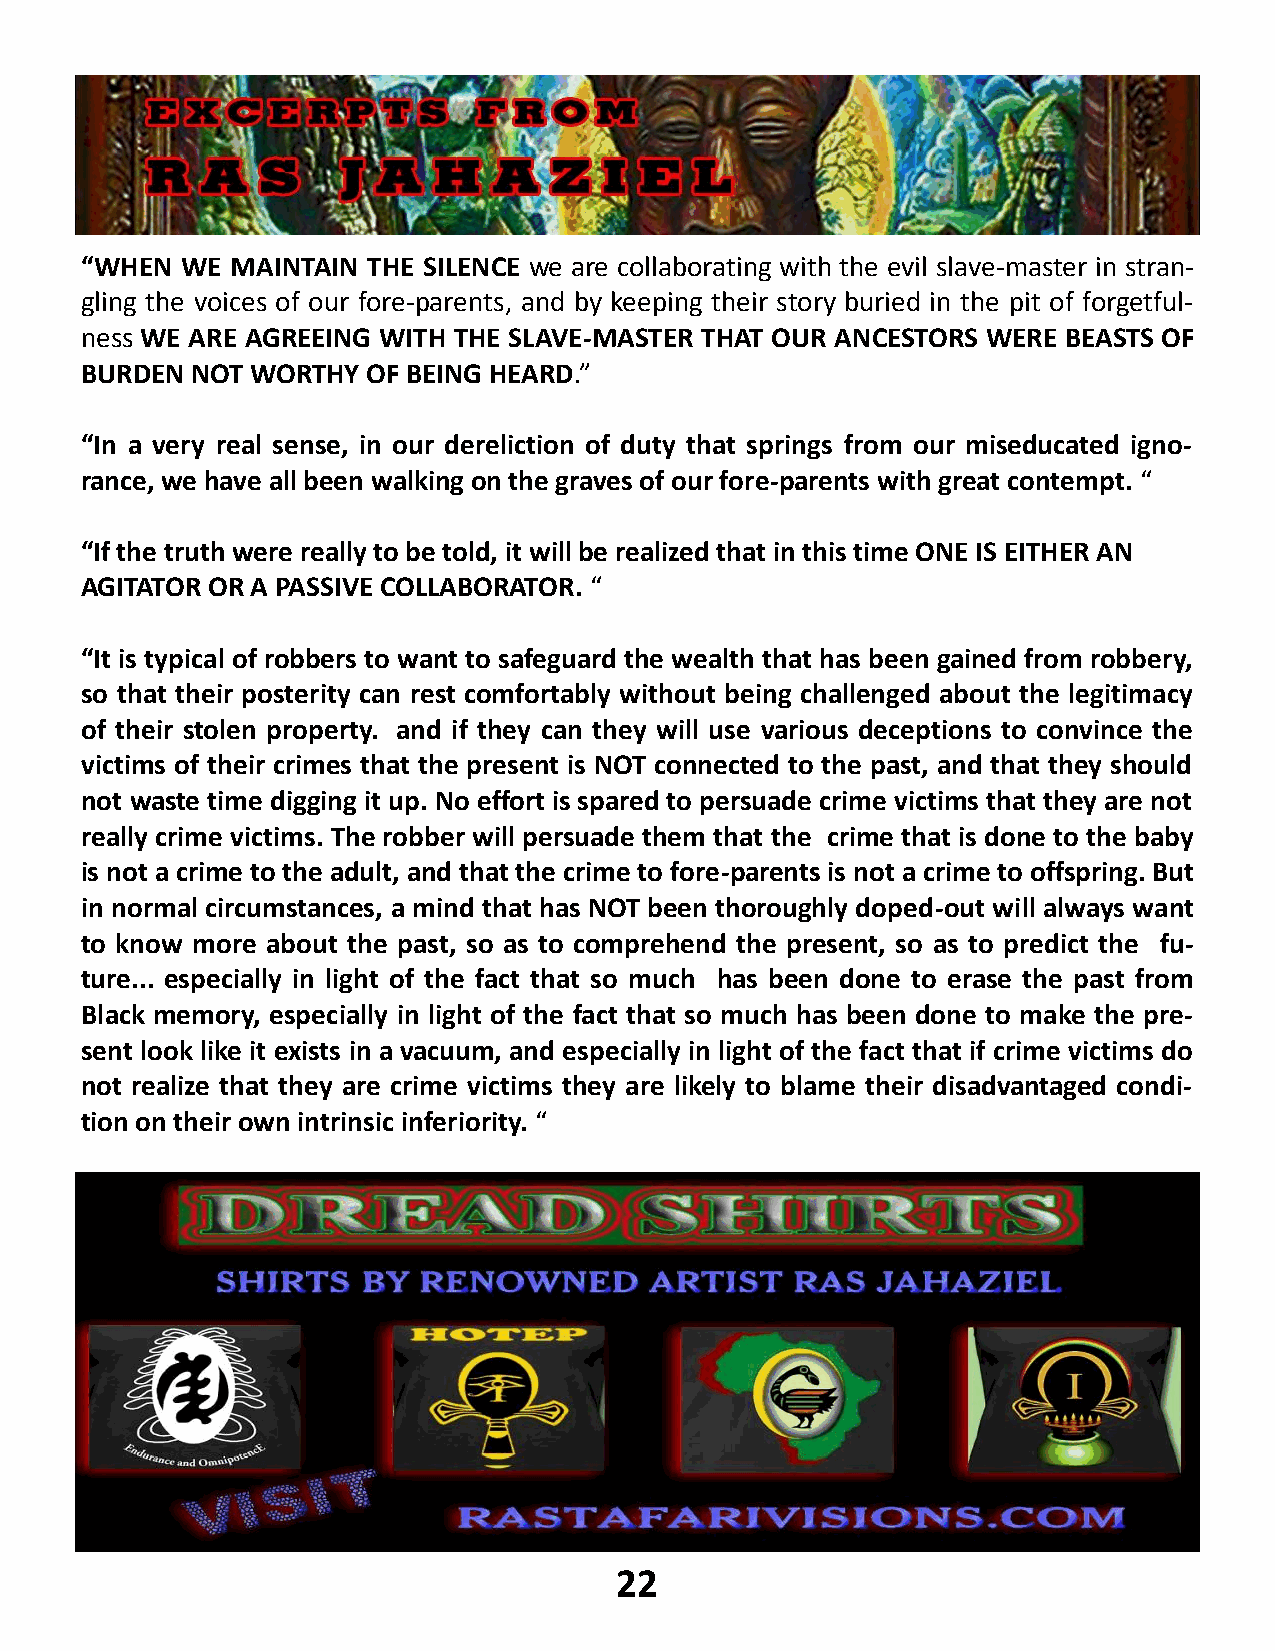
“WHEN  WE MAINTAIN THE SILENCE we are collaborating with the evil slave-master in stran-
 gling the voices of our fore-parents, and by keeping their story buried in the pit of forgetful-
 ness WE ARE AGREEING WITH THE SLAVE-MASTER THAT OUR ANCESTORS WERE BEASTS OF
 BURDEN  NOT WORTHY OF BEING HEARD.”
 “In a very real sense, in our dereliction of duty that springs from our miseducated igno-
 rance, we have all been walking on the graves of our fore-parents with great contempt. “
 “If the truth were really to be told, it will be realized that in this time ONE IS EITHER AN
 AGITATOR OR A PASSIVE COLLABORATOR. “
 “It is typical of robbers to want to safeguard the wealth that has been gained from robbery,
 so that their posterity can rest comfortably without being challenged about the legitimacy
 of their stolen property. and if they can they will use various deceptions to convince the
 victims of their crimes that the present is NOT connected to the past, and that they should
 not waste time digging it up. No effort is spared to persuade crime victims that they are not
 really crime victims. The robber will persuade them that the crime that is done to the baby
 is not a crime to the adult, and that the crime to fore-parents is not a crime to offspring. But
 in normal circumstances, a mind that has NOT been thoroughly doped-out will always want
 to know more about the past, so as to comprehend the present, so as to predict the fu-
 ture... especially in light of the fact that so much has been done to erase the past from
 Black memory, especially in light of the fact that so much has been done to make the pre-
 sent look like it exists in a vacuum, and especially in light of the fact that if crime victims do
 not realize that they are crime victims they are likely to blame their disadvantaged condi-
 tion on their own intrinsic inferiority. “
 22